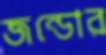
জন্ডোর